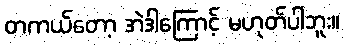
တကယ်တော့ အဲဒါကြောင့် မဟုတ်ပါဘူး။